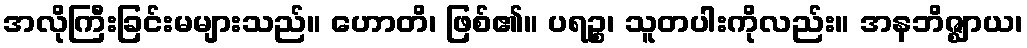
အလိုကြီးခြင်းမများသည်။ ဟောတိ၊ ဖြစ်၏။ ပရဉ္စ၊ သူတပါးကိုလည်း။ အနဘိဇ္ဈာယ၊